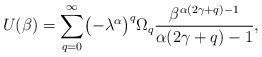
LaTeX: \begin{align*} U(\beta) = \sum_{q=0}^\infty \bigl(-\lambda^\alpha\bigr)^q \Omega_q \frac{\beta^{\alpha(2\gamma+q)-1}}{\alpha(2\gamma+q) - 1},\end{align*}